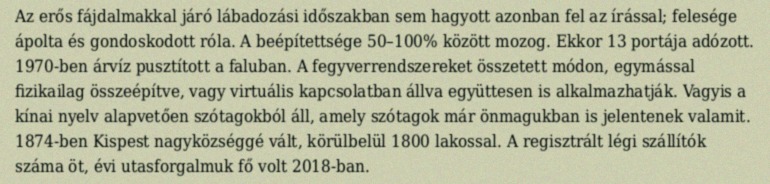
Az erős fájdalmakkal járó lábadozási időszakban sem hagyott azonban fel az írással; felesége ápolta és gondoskodott róla. A beépítettsége 50–100% között mozog. Ekkor 13 portája adózott. 1970-ben árvíz pusztított a faluban. A fegyverrendszereket összetett módon, egymással fizikailag összeépítve, vagy virtuális kapcsolatban állva együttesen is alkalmazhatják. Vagyis a kínai nyelv alapvetően szótagokból áll, amely szótagok már önmagukban is jelentenek valamit. 1874-ben Kispest nagyközséggé vált, körülbelül 1800 lakossal. A regisztrált légi szállítók száma öt, évi utasforgalmuk fő volt 2018-ban.